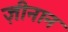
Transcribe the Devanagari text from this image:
ज़ीनान